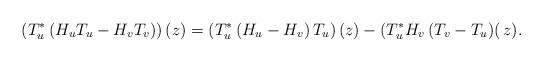
LaTeX: \begin{align*}\left(T_u^{*}\left(H_uT_u - H_vT_v\right)\right)(z)&= \left(T_u^{*}\left(H_u-H_v\right)T_u\right)(z) - \left(T_u^{*}H_v\left(T_v - T_u\right)\right(z).\end{align*}